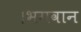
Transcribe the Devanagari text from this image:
।भगवान